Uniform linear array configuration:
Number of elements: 4
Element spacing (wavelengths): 0.25
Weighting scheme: uniform
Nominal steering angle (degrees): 45
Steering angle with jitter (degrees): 44.153
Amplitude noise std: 0.05
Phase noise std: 0.05

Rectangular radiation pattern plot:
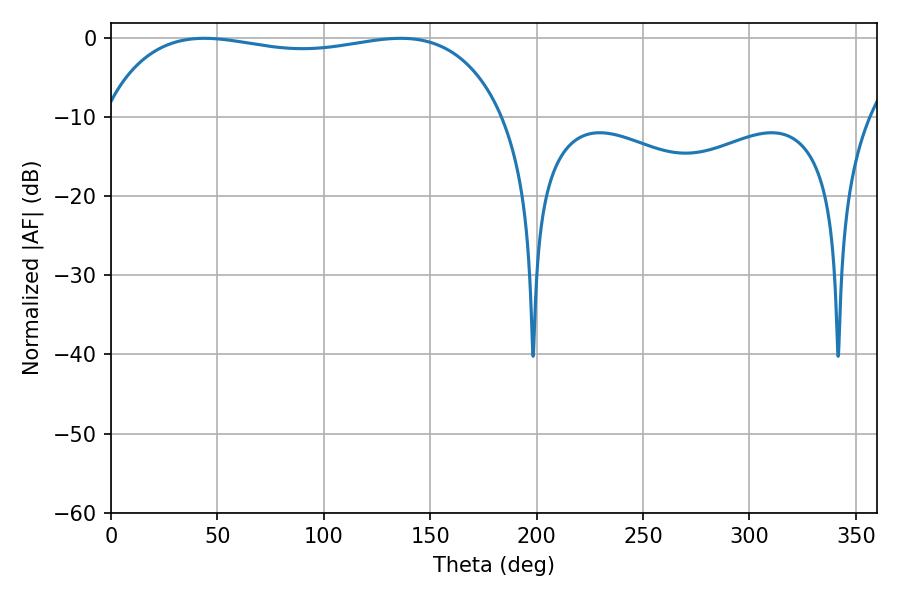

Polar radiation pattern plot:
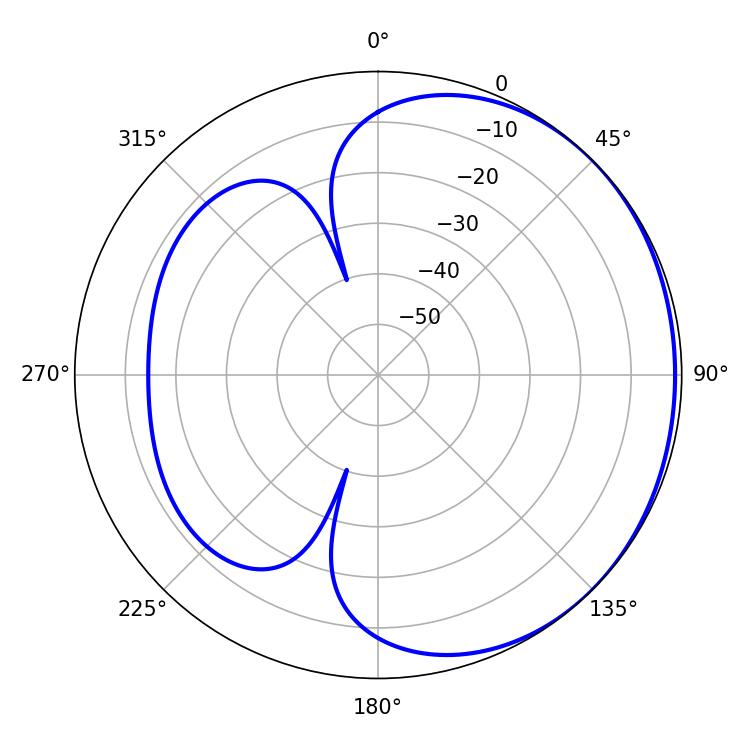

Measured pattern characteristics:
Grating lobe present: FALSE
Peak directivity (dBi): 0.9839
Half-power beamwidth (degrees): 152.28
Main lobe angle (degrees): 136.08